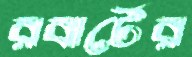
রবার্টের